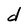
Character: d